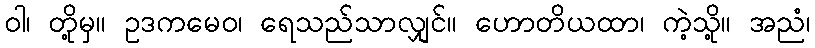
ဝါ၊ တို့မှ။ ဥဒကမေဝ၊ ရေသည်သာလျှင်။ ဟောတိယထာ၊ ကဲ့သို့။ အညံ၊